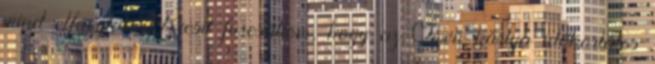
mind elfogytak. Kicsit furcsállom, hogy az Owen kártya időkorlátos